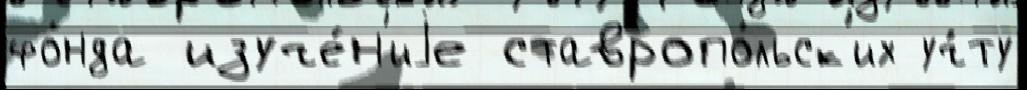
фо́нда изуче́н'иjе ставропо́льск'их уч́ту